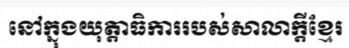
នៅក្នុងយុត្តាធិការរបស់សាលាក្តីខ្មែរ